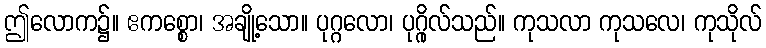
ဤလောက၌။ ဧကစ္စော၊ အချို့သော။ ပုဂ္ဂလော၊ ပုဂ္ဂိုလ်သည်။ ကုသလာ ကုသလေ၊ ကုသိုလ်